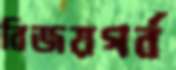
বিজয়গর্ব